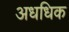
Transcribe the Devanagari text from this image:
अधधिक